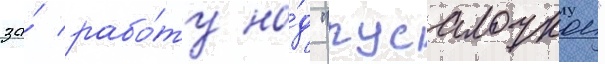
за́ рабо́ту на́д "русалочкои"